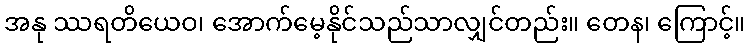
အနု ဿရတိယေဝ၊ အောက်မေ့နိုင်သည်သာလျှင်တည်း။ တေန၊ ကြောင့်။